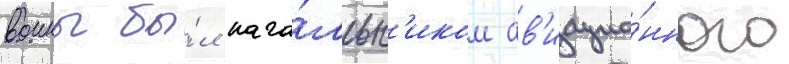
воины бы́л нача́льн'иком ав'иацио́нного